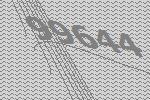
99644